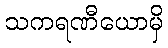
သကရဏီယောမှိ